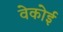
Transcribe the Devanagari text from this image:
वेकोई